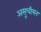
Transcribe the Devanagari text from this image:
असूचीयन